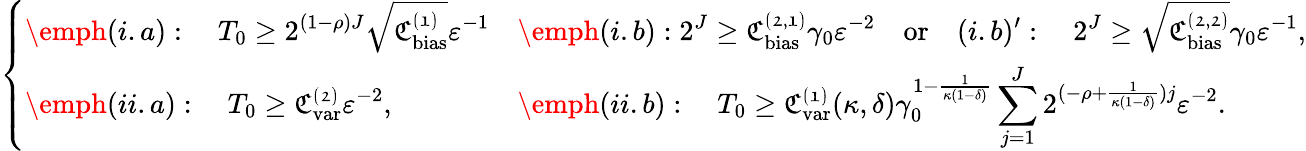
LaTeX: \left\{ \begin{array}{ll}{\displaystyle{\emph{(i.a)}:\quad T_{0}\ge 2^{(1-\rho)J}\sqrt{\mathfrak{C_{\mathrm{bias}}^{(1)}}}\varepsilon^{-1}}}&{\displaystyle{\emph{(i.b)}:2^{J}\ge\mathfrak{C_{\mathrm{bias}}^{(2,1)}}\gamma_{0}\varepsilon^{-2}\quad\textnormal{or}\quad\displaystyle{(i.b)^{\prime}}:\quad 2^{J}\ge\sqrt{\mathfrak{C_{\mathrm{bias}}^{(2,2)}}}\gamma_{0}\varepsilon^{-1},}}\\ {\displaystyle{\emph{(ii.a)}:\quad{T_{0}}\ge\mathfrak{C_{\mathrm{var}}^{(2)}}\varepsilon^{-2},}}&{\displaystyle{\emph{(ii.b)}:\quad T_{0}\ge\mathfrak{C_{\mathrm{var}}^{(1)}}(\kappa,\delta){\gamma_{0}^{1-\frac{1}{\kappa(1-\delta)}}\sum_{j=1}^{J}2^{(-\rho+\frac{1}{\kappa(1-\delta)})j}\varepsilon^{-2}.}}}\end{array}\right.